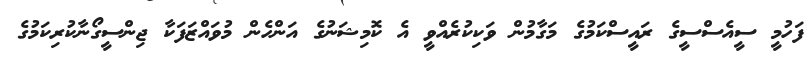
ފަހުމީ ސީއެސްސީގެ ރައީސްކަމުގެ މަގާމުން ވަކިކުރެއްވީ އެ ކޮމިޝަނުގެ އަންހެން މުވައްޒަފަކާ ޖިންސީގޯނާކުރިކަމުގެ